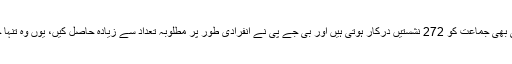
بھارت میں حکومت بنانے کے لیے کسی بھی جماعت کو 272 نشستیں درکار ہوتی ہیں اور بی جے پی نے انفرادی طور پر مطلوبہ تعداد سے زیادہ حاصل کیں، یوں وہ تنہا حکومت بنانے کی پوزیشن میں آگئی ہے۔